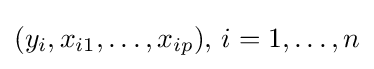
(y_{i},x_{i1},\ldots ,x_{ip}),\,i=1,\ldots ,n